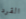
القرد